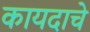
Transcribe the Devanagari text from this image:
कायदाचे